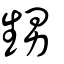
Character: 甥